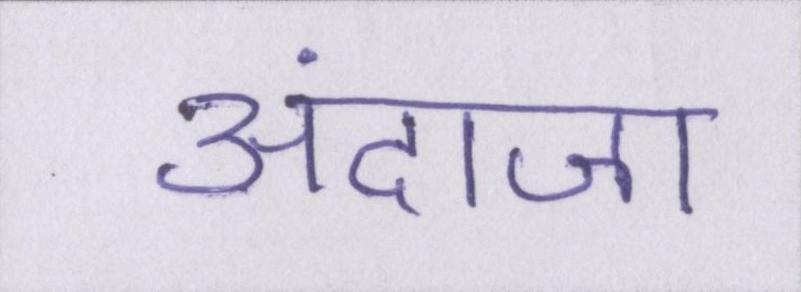
अंदाजा